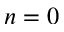
n = 0